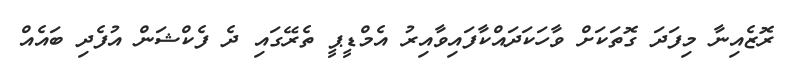
ރޮޒެއިނާ މިފަދަ ގޮތަކަށް ވާހަކަދައްކާފައިވާއިރު އެމްޑީޕީ ތެރޭގައި ދެ ފެކްޝަން އުފެދި ބައެއް